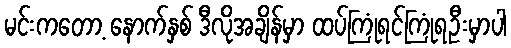
မင်းကတော့ နောက်နှစ် ဒီလိုအချိန်မှာ ထပ်ကြုံရင်ကြုံရဦးမှာပါ